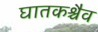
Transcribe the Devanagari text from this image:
घातकश्चैव